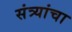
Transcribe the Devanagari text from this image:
संत्र्यांचा